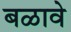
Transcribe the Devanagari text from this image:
बळावे